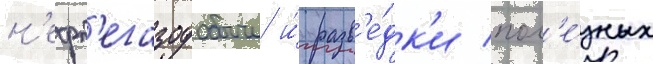
н'ефт'егазодобычи и́ разв'е́дк'и пол'е́зных